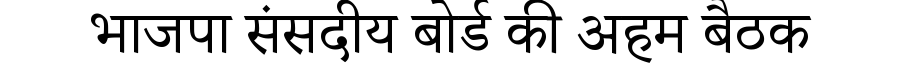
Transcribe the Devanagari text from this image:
भाजपा संसदीय बोर्ड की अहम बैठक